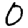
Digit: 0